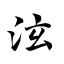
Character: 泫